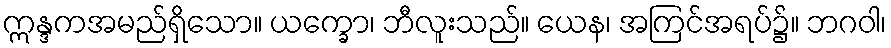
ဣန္ဒကအမည်ရှိသော။ ယက္ခော၊ ဘီလူးသည်။ ယေန၊ အကြင်အရပ်၌။ ဘဂဝါ၊